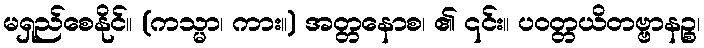
မရှည်စေနိုင်။ (ကသ္မာ၊ ကား။) အတ္တနောစ၊ ၏ ၎င်း။ ပဝတ္တယိတဗ္ဗာနဉ္စ၊